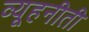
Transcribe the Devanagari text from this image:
व्यूहनीती